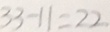
3 3 - 1 1 = 2 2